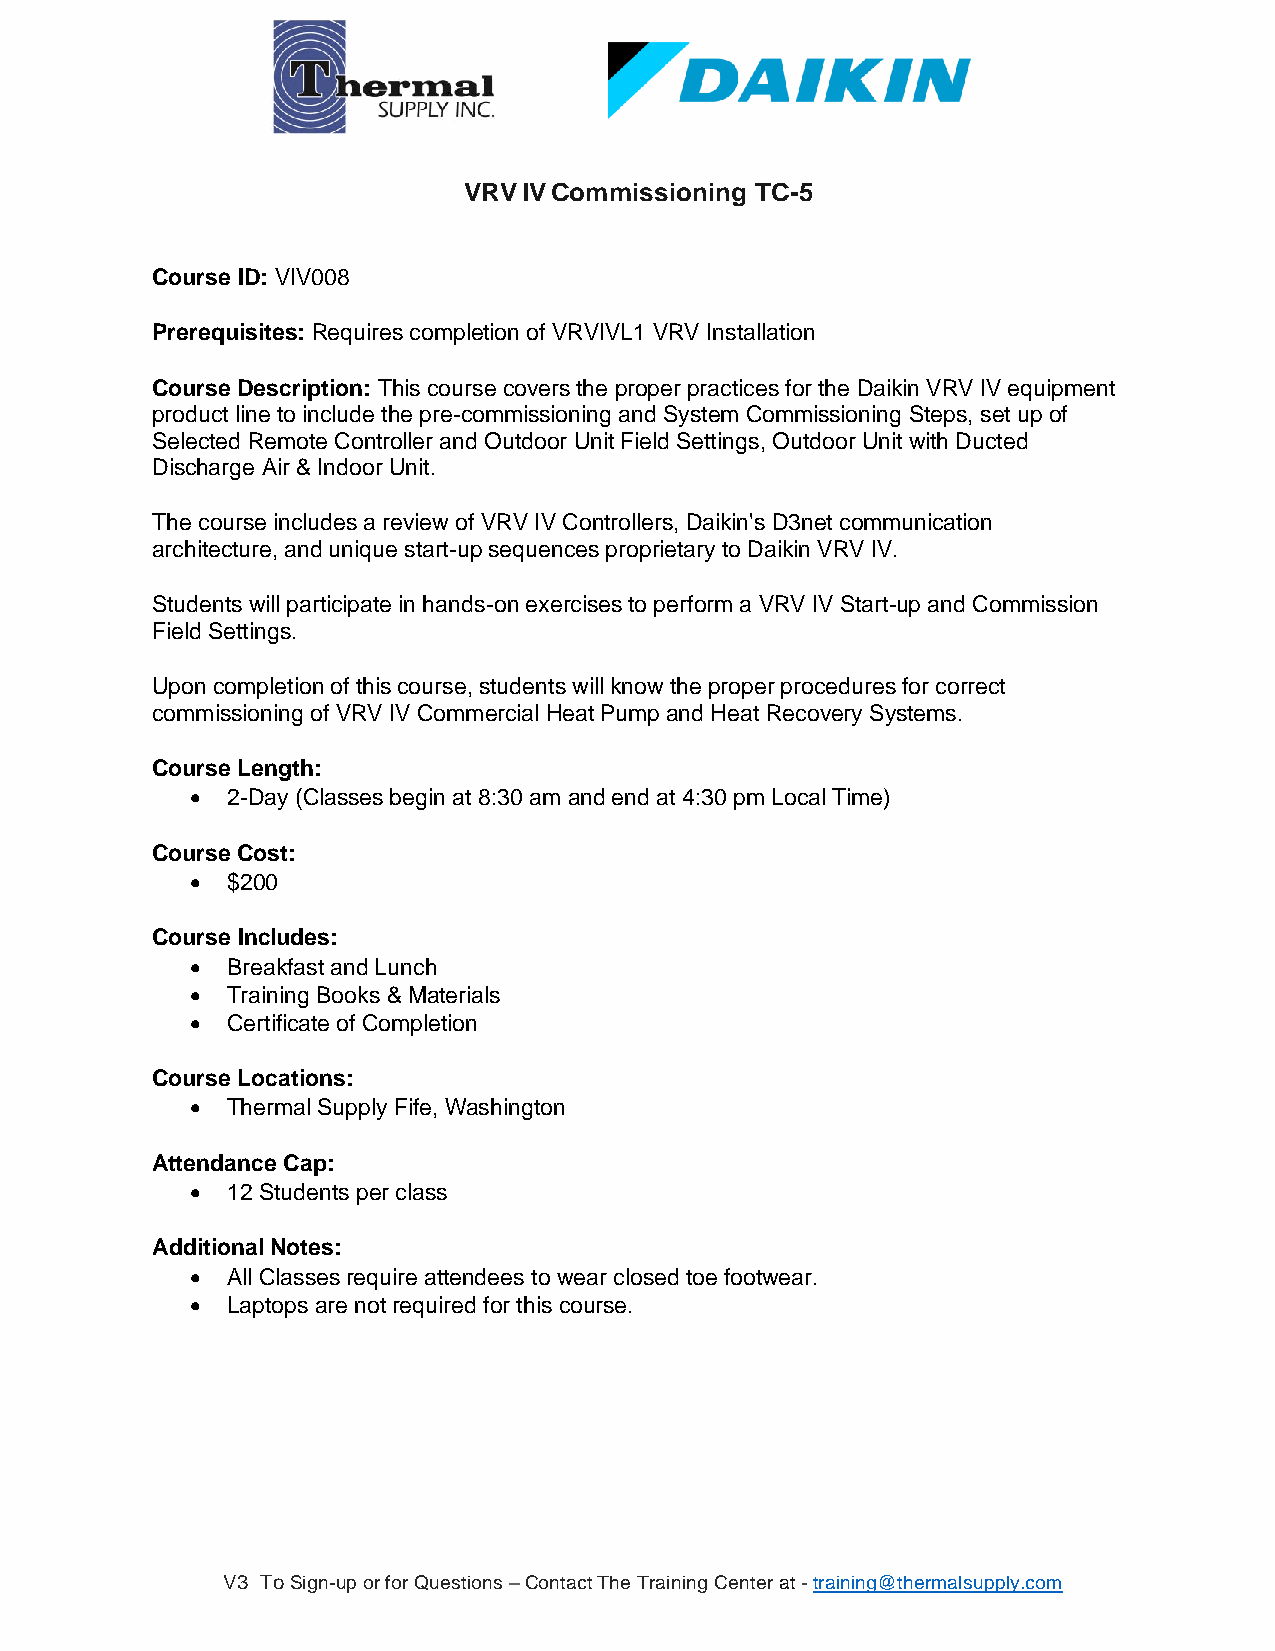
VRV IV Commissioning TC-5
 Course ID: VIV008
 Prerequisites: Requires completion of VRVIVL1 VRV Installation
 Course Description: This course covers the proper practices for the Daikin VRV IV equipment
 product line to include the pre-commissioning and System Commissioning Steps, set up of
 Selected Remote Controller and Outdoor Unit Field Settings, Outdoor Unit with Ducted
 Discharge Air & Indoor Unit.
 The course includes a review of VRV IV Controllers, Daikin's D3net communication
 architecture, and unique start-up sequences proprietary to Daikin VRV IV.
 Students will participate in hands-on exercises to perform a VRV IV Start-up and Commission
 Field Settings.
 Upon completion of this course, students will know the proper procedures for correct
 commissioning of VRV IV Commercial Heat Pump and Heat Recovery Systems.
 Course Length:
 • 2-Day (Classes begin at 8:30 am and end at 4:30 pm Local Time)
 Course Cost:
 • $200
 Course Includes:
 • Breakfast and Lunch
 • Training Books & Materials
 • Certificate of Completion
 Course Locations:
 • Thermal Supply Fife, Washington
 Attendance Cap:
 • 12 Students per class
 Additional Notes:
 • All Classes require attendees to wear closed toe footwear.
 • Laptops are not required for this course.
 V3 To Sign-up or for Questions – Contact The Training Center at - training@thermalsupply.com